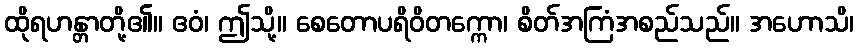
ထိုရဟန္တာတို့၏။ ဧဝံ၊ ဤသို့။ စေတောပရိဝိတက္ကော၊ စိတ်အကြံအစည်သည်။ အဟောသိ၊